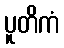
ပူတိကံ